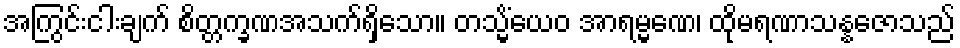
အကြွင်းငါးချက် စိတ္တက္ခဏအသက်ရှိသော။ တသ္မိံယေဝ အာရမ္မဏေ၊ ထိုမရဏာသန္နဇောသည်